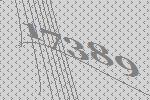
17389